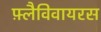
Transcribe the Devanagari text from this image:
फ़्लैविवायरस